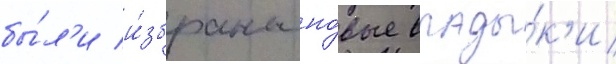
бы́л'и и́збраны но́вые влады́к'и